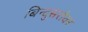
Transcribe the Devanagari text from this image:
बिन्दुसरोवर